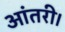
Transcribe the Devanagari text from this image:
आंतरी।